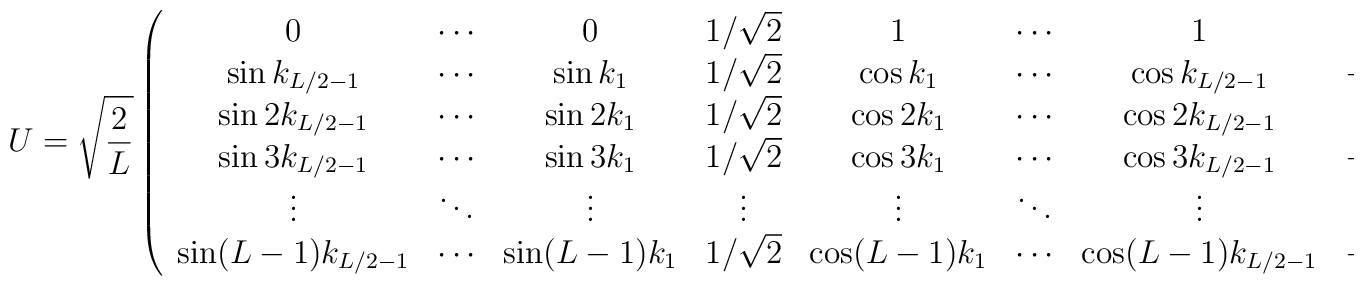
U = \sqrt{\frac{2}{L} } \left( \begin{array}{cccccccc}0 & \cdots & 0 & 1/\sqrt{2} & 1 & \cdots & 1 & 1/\sqrt{2} \\\sin k_{L/2 -1} & \cdots & \sin k_{1} & 1/\sqrt{2} & \cos k_{1} & \cdots &\cos k_{L/2 -1} & -1/\sqrt{2} \\\sin 2k_{L/2 -1} & \cdots & \sin 2k_{1} & 1/\sqrt{2} & \cos 2k_{1} & \cdots &\cos 2k_{L/2 -1} & 1/\sqrt{2} \\\sin 3k_{L/2 -1} & \cdots & \sin 3k_{1} & 1/\sqrt{2} & \cos 3k_{1} & \cdots &\cos 3k_{L/2 -1} & -1/\sqrt{2} \\\vdots & \ddots & \vdots & \vdots & \vdots & \ddots & \vdots & \vdots \\\sin (L-1)k_{L/2 -1}& \cdots & \sin (L-1)k_{1} & 1/\sqrt{2} &\cos (L-1)k_{1} & \cdots & \cos (L-1)k_{L/2 -1} & -1/\sqrt{2}\end{array} \right)